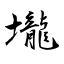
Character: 壠